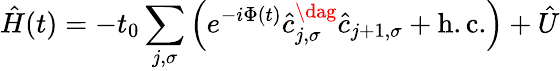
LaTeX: \hat{H}(t)=-t_{0}\sum_{j,\sigma}\left(e^{-i\Phi(t)}\hat{c}_{j,\sigma}^{\dag}\hat{c}_{j+1,\sigma}+\mathrm{h.c.}\right)+\hat{U}